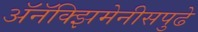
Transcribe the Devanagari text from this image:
अॅनॅक्झिमेनीसपुढे